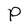
Character: P